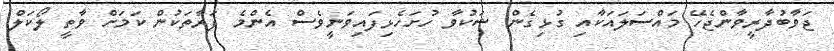
ޖަވާބުދާރީވާންޖެހޭ މައްސަލައަކާއި ގުޅިގެން ޝަކުވާ ހުށަހެޅިފައިވަނީވެސް އެންމެ ފަރާތަކުން ކަމަށް ވާތީ ލޯކަލް